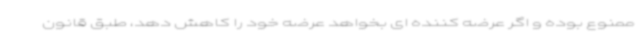
ممنوع بوده و اگر عرضه کننده ای بخواهد عرضه خود را کاهش دهد، طبق قانون